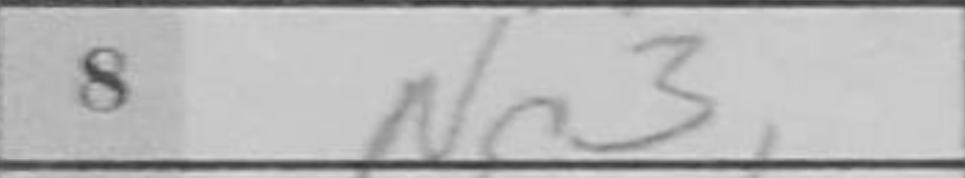
Transcription: Nc3